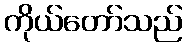
ကိုယ်တော်သည်